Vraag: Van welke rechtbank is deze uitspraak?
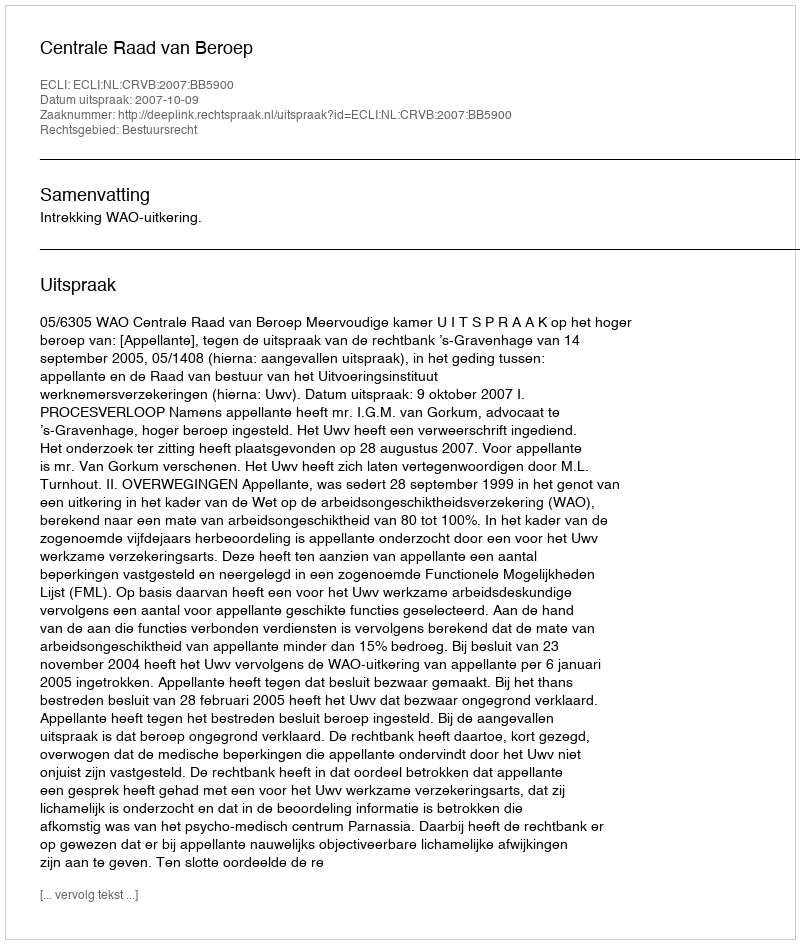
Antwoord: Centrale Raad van Beroep